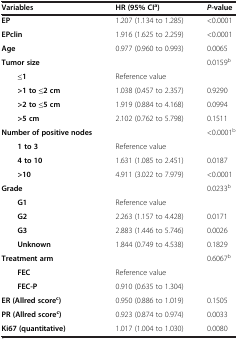
<table><thead><tr><td><b>Variables</b></td><td><b>HR (95% CI<sup>a</sup>)</b></td><td><b><i>P-</i>value</b></td></tr></thead><tbody><tr><td><b>EP</b></td><td>1.207 (1.134 to 1.285)</td><td>&lt;0.0001</td></tr><tr><td><b>EPclin</b></td><td>1.916 (1.625 to 2.259)</td><td>&lt;0.0001</td></tr><tr><td><b>Age</b></td><td>0.977 (0.960 to 0.993)</td><td>0.0065</td></tr><tr><td><b>Tumor size</b></td><td> </td><td>0.0159<sup>b</sup></td></tr><tr><td><b>≤1</b></td><td>Reference value</td><td> </td></tr><tr><td><b>&gt;1 to ≤2 cm</b></td><td>1.038 (0.457 to 2.357)</td><td>0.9290</td></tr><tr><td><b>&gt;2 to ≤5 cm</b></td><td>1.919 (0.884 to 4.168)</td><td>0.0994</td></tr><tr><td><b>&gt;5 cm</b></td><td>2.102 (0.762 to 5.798)</td><td>0.1511</td></tr><tr><td><b>Number of positive nodes</b></td><td> </td><td>&lt;0.0001<sup>b</sup></td></tr><tr><td><b>1 to 3</b></td><td>Reference value</td><td> </td></tr><tr><td><b>4 to 10</b></td><td>1.631 (1.085 to 2.451)</td><td>0.0187</td></tr><tr><td><b>&gt;10</b></td><td>4.911 (3.022 to 7.979)</td><td>&lt;0.0001</td></tr><tr><td><b>Grade</b></td><td> </td><td>0.0233<sup>b</sup></td></tr><tr><td><b>G1</b></td><td>Reference value</td><td> </td></tr><tr><td><b>G2</b></td><td>2.263 (1.157 to 4.428)</td><td>0.0171</td></tr><tr><td><b>G3</b></td><td>2.883 (1.446 to 5.746)</td><td>0.0026</td></tr><tr><td><b>Unknown</b></td><td>1.844 (0.749 to 4.538)</td><td>0.1829</td></tr><tr><td><b>Treatment arm</b></td><td> </td><td>0.6067<sup>b</sup></td></tr><tr><td><b>FEC</b></td><td>Reference value</td><td> </td></tr><tr><td><b>FEC-P</b></td><td>0.910 (0.635 to 1.304)</td><td> </td></tr><tr><td><b>ER (Allred score</b><sup><b>c</b></sup><b>)</b></td><td>0.950 (0.886 to 1.019)</td><td>0.1505</td></tr><tr><td><b>PR (Allred score</b><sup><b>c</b></sup><b>)</b></td><td>0.923 (0.874 to 0.974)</td><td>0.0033</td></tr><tr><td><b>Ki67 (quantitative)</b></td><td>1.017 (1.004 to 1.030)</td><td>0.0080</td></tr></tbody></table>